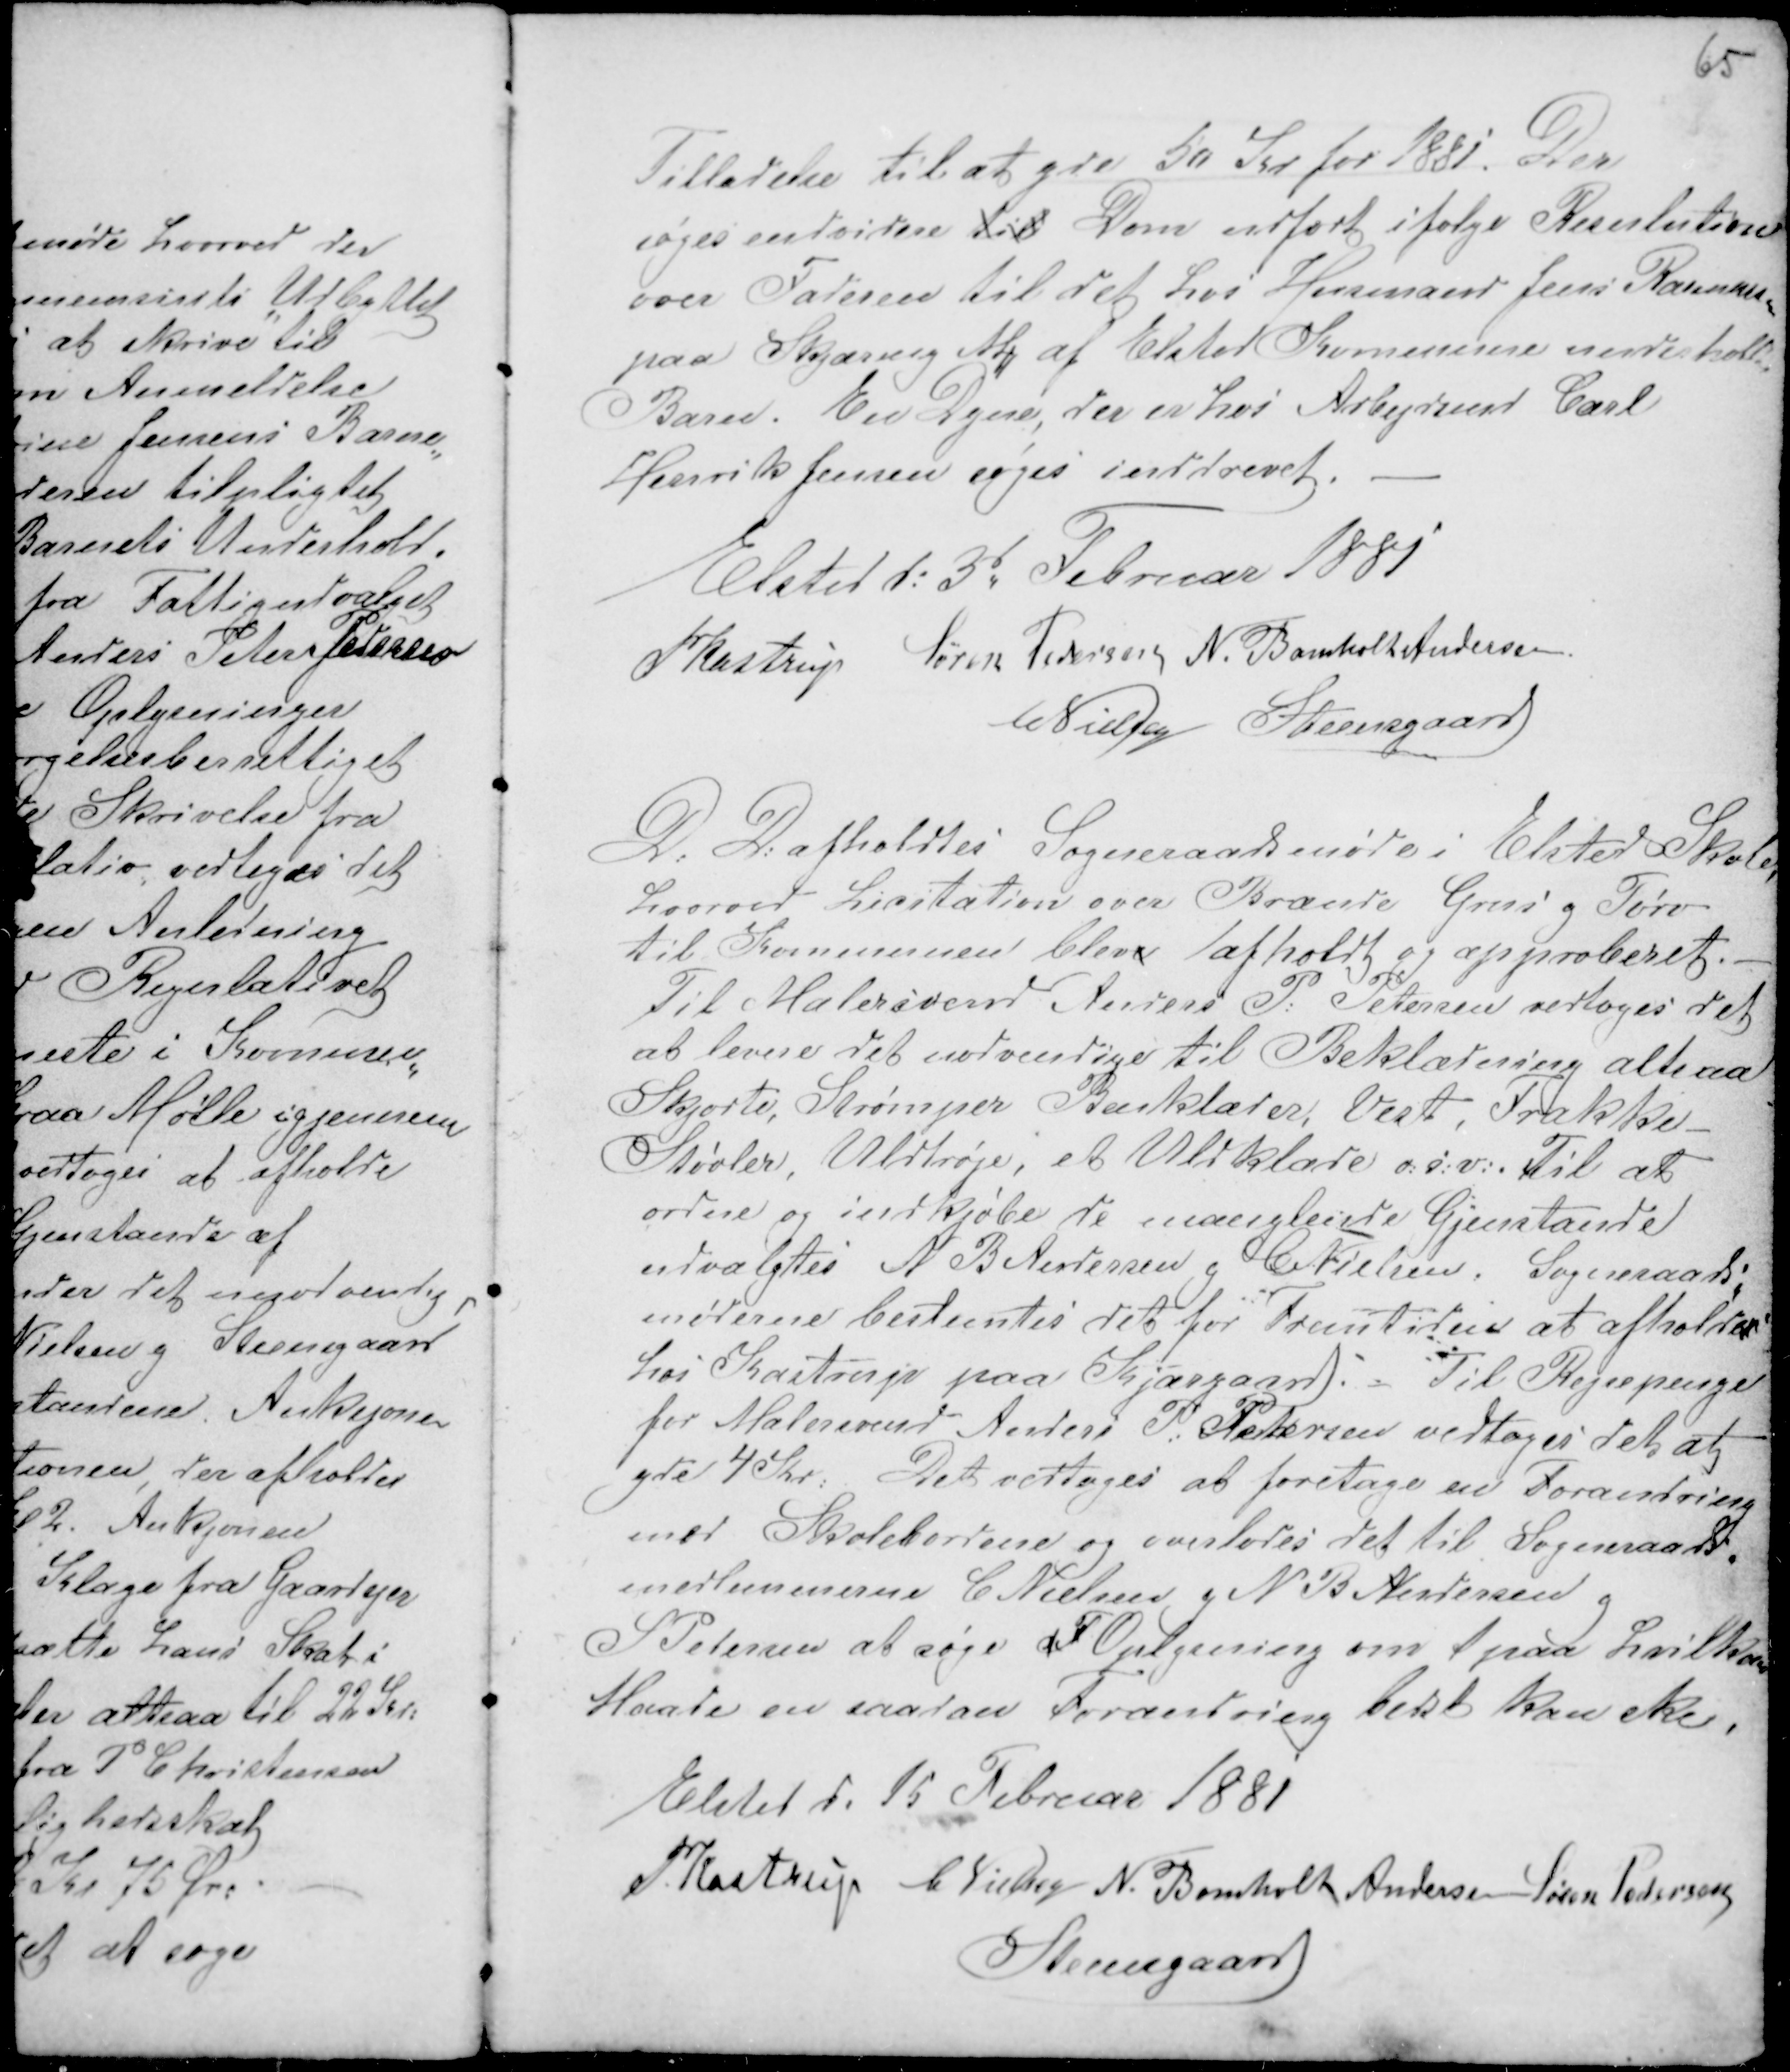
Transskription:
Tilladelse til at yde 50 Kr for 1881. Der
søges endvidere til Dom udført ifølge Resulution
over Faderen til det hos Husmand Jens Rasmussen
paa Skjæring M af Elsted Kommune underholdte
Barn. En Dyne, der er hos Arbejdsmd Carl
Henrik Jensen søges inddrevet.-
Elsted d: 3d Februar 1881
PKastrup Søren Pedersen N. Bomholt Andersen.
C Nielsen Steensgaard

D: D: afholdtes Sogneraadsmøde i Elsted Skole,
hvorved Licitation over Brænde Grus g Tørv
til Kommunen bleve afholdt og approberet.
Til Malersvend Anders P: Petersen vedtoges det
at levere det nødvendige til Beklædning altsaa
Skjorte, Strømper Benklæder, Vest, Frakke -
Støvler, Uldtrøje, et Uldklæde o:s:v: . Til at
ordne og indkjøbe de manglende Gjenstande
udvalgtes N B Andersen g C Nielsen. Sogneraads-
møderne bestemtes det for Fremtiden at afholde
hos Kastrup paa Kjærgaard. - Til Rejsepenge
for Malersvend Anders P: Pedersen vedtoges det at
yde 4 Kr: . Det vedtoges at foretage en Forandring
med Skolebordene og overlodes det til Sogneraads-
medlemmerne C. Nielsen g N B Andersen g
S Pedersen at søge F Oplysning om t paa hvilken
Maade en saadan Forandring bedst kan ske,
Elsted d. 15 Februar 1881
P. Kastrup C Nielsen N. Bomholt Andersen Søren Pedersen
Steensgaard